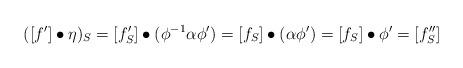
LaTeX: \begin{align*} ( [f']\bullet \eta)_S=[f'_S]\bullet (\phi^{-1}\alpha\phi')= [f_S]\bullet (\alpha\phi')= [f_S]\bullet\phi'=[f''_S] \end{align*}